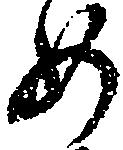
め